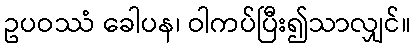
ဥပဝဿံ ခေါပန၊ ဝါကပ်ပြီး၍သာလျှင်။